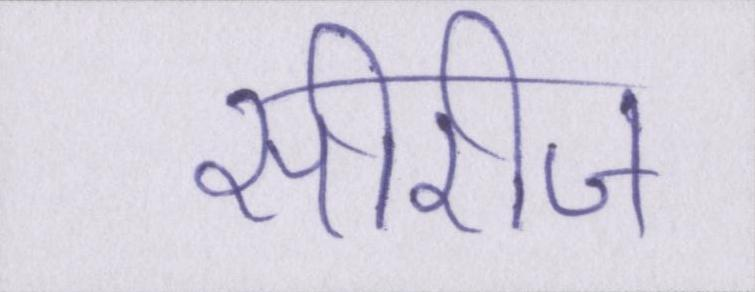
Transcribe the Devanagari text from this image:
सीरीज